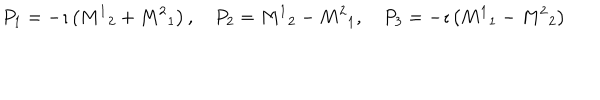
LaTeX: P _ { 1 } = - \imath \left( { M ^ { 1 } } _ { 2 } + { M ^ { 2 } } _ { 1 } \right) , \quad P _ { 2 } = { M ^ { 1 } } _ { 2 } - { M ^ { 2 } } _ { 1 } , \quad P _ { 3 } = - \imath \left( { M ^ { 1 } } _ { 1 } - { M ^ { 2 } } _ { 2 } \right)